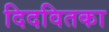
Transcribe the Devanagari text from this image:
दिदवितका